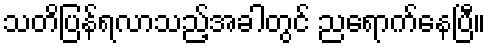
သတိပြန်ရလာသည့်အခါတွင် ညရောက်နေပြီ။